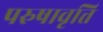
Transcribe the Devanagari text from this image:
परुषावृत्ति